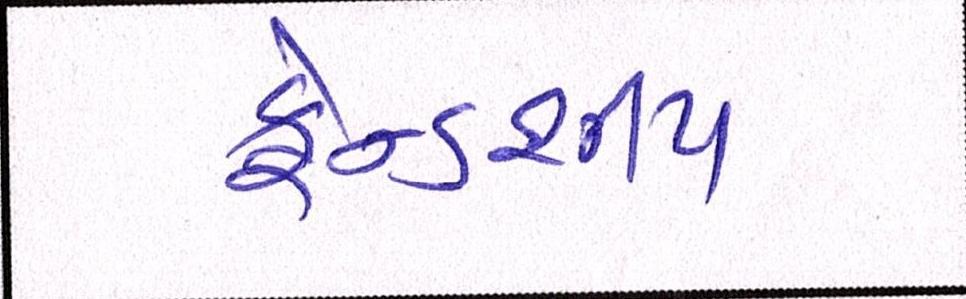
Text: ફ્રેન્ડશીપ